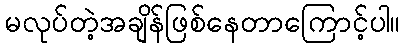
မလုပ်တဲ့အချိန်ဖြစ်နေတာကြောင့်ပါ။